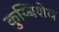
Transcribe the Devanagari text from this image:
कुय्बिशेव